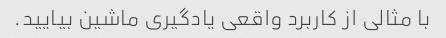
با مثالی از کاربرد واقعی یادگیری ماشین بیایید.